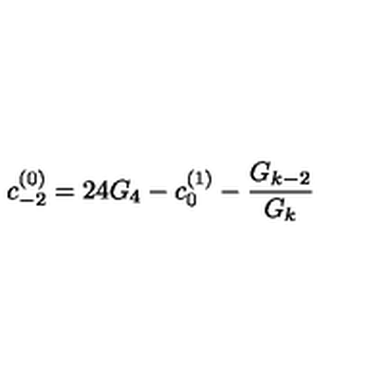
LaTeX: c _ { - 2 } ^ { ( 0 ) } = 2 4 G _ { 4 } - c _ { 0 } ^ { ( 1 ) } - \frac { G _ { k - 2 } } { G _ { k } }